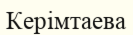
Керімтаева